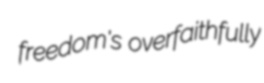
freedom's overfaithfully